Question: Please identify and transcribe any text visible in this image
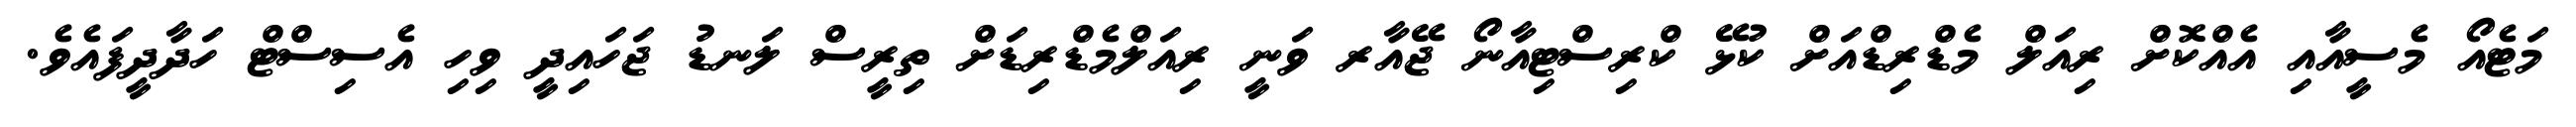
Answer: މަޓެއޯ މެސީއާއި އެއްކޮށް ރިއަލް މެޑްރިޑްއަށް ކުޅޭ ކްރިސްޓިއާނޯ ޖޭއާރ ވަނީ ރިއަލްމެޑްރިޑަށް ތިރީސް ލަނޑު ޖަހައިދީ ވިހި އެސިސްޓް ހަދާދީފައެވެ.